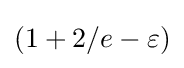
(1+2/e-\varepsilon )